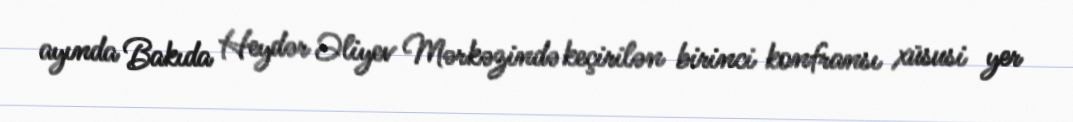
ayında Bakıda Heydər Əliyev Mərkəzində keçirilən birinci konfransı xüsusi yer